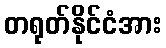
တရုတ်နိုင်ငံအား